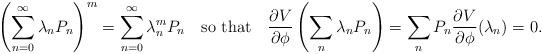
LaTeX: \begin{align*}\left(\sum_{n=0}^{\infty}\lambda_nP_n\right)^m=\sum_{n=0}^{\infty}\lambda_n^mP_n \quad \mbox{so that} \quad \frac{\partial V}{\partial\phi}\left(\sum_n\lambda_nP_n\right)=\sum_nP_n\frac{\partial V}{\partial\phi}(\lambda_n)=0.\end{align*}